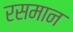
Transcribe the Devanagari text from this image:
रसमान